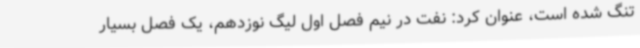
تنگ شده است، عنوان کرد: نفت در نیم فصل اول لیگ نوزدهم، یک فصل بسیار